Report of the Municipal Commissioner on the plague in Bombay for the year ending 31st May... - Volume 2
Disease focus: Plague
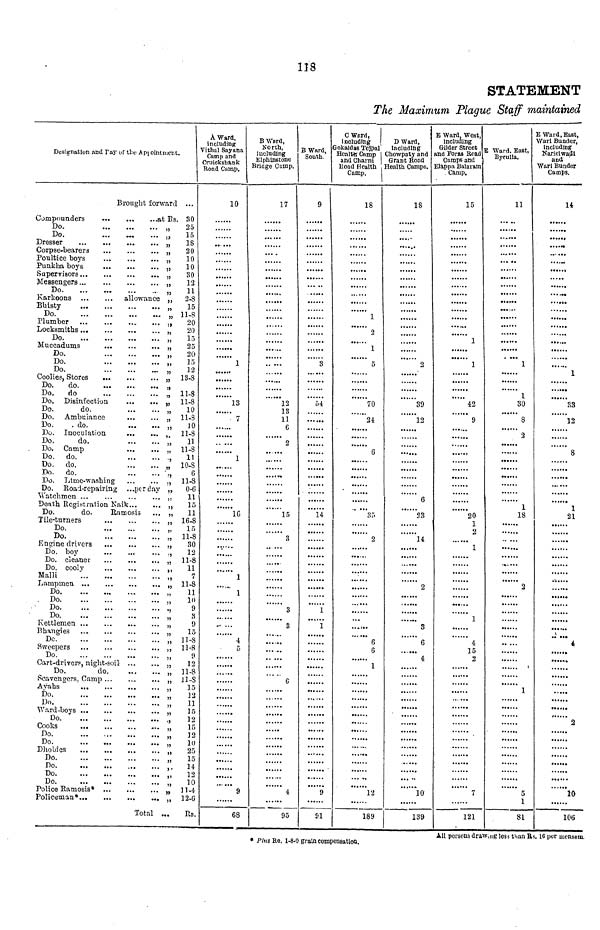
118
STATEMENT
The Maximum Plague Staff maintained
Designation and Ray of the Appointment.
Brought forward ...
Compounders
at Rs. 30
Do.
„
25
Do.
„
15
Dresser
„
18
Corpse-bearers
„
20
Poultice boys
„
10
Punkha boys
„
10
Supervisors
„
30
Messengers
„
12
Do
,,
11
Karkoons
allowance ,, 2-8
Bbisty
„
15
Do.
, 11-8
Plumber
, 20
Locksmiths...
"
20
Do
„
15
Muccadums
„
25
Do.
„
20
Do.
„
15
Do.
„
12
Coolies, Stores
„ 13-8
Do.
do.
„
Do.
do
„ 11-8
Do. Disinfection
„ 11-8
Do.
do.
„
10
Do. Ambulance
„ 11-8
Do.
. do.
„
10
Do. Inoculation
,, 11-8
Do.
do.
„
11
. Do. Camp
„ 11-8
Do. do.
, 11
Do. do.
„ 10-8
Do. do.
6
Do. Lime-washing
„ 11-8
Do. Road-repairing ...per day „ 0-6
Watchmen
,.
11
Death Registration Naik
„
15
Do.
do.
Ramosis ... „
11
Tile-turners
,, 16-8
Do.
„
15
Do.
„ 11-8
Engine drivers
„
30
Do. boy
,
12
Do. cleaner
„ 11-8
Do. cooly
„
11
Malli
„
7
Lampmen
, 11-8
Do
„
11
. Do
„
10
Do
,
9
Do
„
3
Kettlemen
„
9
Bhangies
„
15
Do
„ 11-8
Sweepers
,, 11-8
Do
„
Cart-drivers, night-soil
„
12
Do.
do
„ 11-8
Scavengers, Camp
„ 11-8
Ayahs
„
15
Do
„
12
Do
„
11
Ward-boys
„
15
Do
12
Cooks
„
15
Do.
,
12
Do.
„
10
Dhobies
„ 25.
Do
„
15
DO
;, 14
Do
„
12
Do.
„
10
Police
Ramosis*
„ 11-4
Policeman*
„ 12-6
Total ... Rs.
À Ward,
including
Vithal Sayana
Camp and
Cruickshank
Road Camp.
10
••- •••
••••••
......
......
......
......
......
1
......
......
......
......
13
•••••
7
...
. 1
•• ••••
1C
1
1
4
5
......
9
68
B Ward,
Nona,
including
Elphinstone
Bridge Camp.
17
......
......
...
...
12
13
11
6
2
......
15
3
' 3
3
c
4
95
B Ward,
South.
9
......
3
......
54
'..'....
14
!!!!!!
1
1
......
9
91
C Ward,
including
Gokaldas Tejpal
Health Camp
and Charni
Road Health
Camp.
18
......
...'...
1
2
1
......
5
......
70
24
......
......
6
......
"1111
•
35
2
11.111
...
6
6
1
......
...'...
12
189
D Ward,
Including
Chowpaty and
Grant Road
Health Camps.
18
2
.' .' .' .' .' .'
39
12
......
6
23
14
.1!...
2
3
6
4
10
139
E Ward, West,
including
Gilder Street
and Foras Road
Camps and
Elappa Balaram
Camp.
15
......
......
......
......
......
.....
1
......
1
.......
42
9
...
••«...
......
20
1
2
1
.' .!!!!
1
4
15
2
......
7
121
E Ward. East,
Byculla.
11
... ..
......
......
......
,
......
. ...
1
......
1
30
......
8
2
......
......
......
......
......
1
18
......
......
.. ...
'.....
......
......
..' ...!
......
2
,
......
«•«...
..
......
......
* 1
..!.!!
5
1
81
E Ward, East,
Wari Bunder,
including
Narielwadi
and
Wari Bunder
Camps.
H
......
•••
,
......
... ..
... ...
«>•»••
......
......
......
......
......
......
1
......
......
33
12
......
......
8
......
......
......
... ...
......
.. ....
1
21
......
......
*
.......
......
•••••••
......
¿
•*••»•
.....
!!!!!!
2
10
106
All persons drawing less than Rs.16 per mensem,
• Plus Re, 1-8-0 grain compensation.